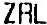
ZRL